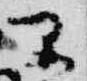
早